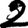
Digit: 2